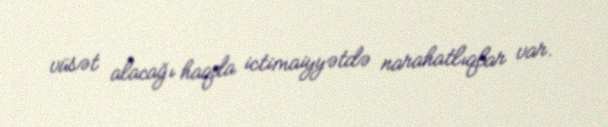
vüsət alacağı haqda ictimaiyyətdə narahatlıqlar var.